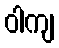
ဝါကျ